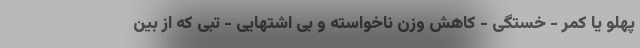
پهلو یا کمر - خستگی - کاهش وزن ناخواسته و بی اشتهایی - تبی که از بین